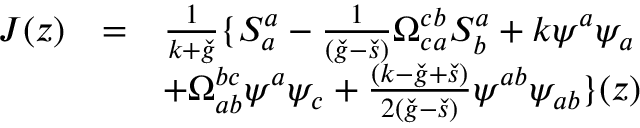
\begin{array} { l l l } { { J ( z ) } } & { { = } } & { { \frac { 1 } { k + \check { g } } \{ S _ { a } ^ { a } - \frac { 1 } { ( \check { g } - \check { s } ) } \Omega _ { c a } ^ { c b } S _ { b } ^ { a } + k \psi ^ { a } \psi _ { a } } } \\ { { } } & { { } } & { { + \Omega _ { a b } ^ { b c } \psi ^ { a } \psi _ { c } + \frac { ( k - \check { g } + \check { s } ) } { 2 ( \check { g } - \check { s } ) } \psi ^ { a b } \psi _ { a b } \} ( z ) } } \end{array}